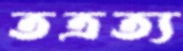
তত্রত্য